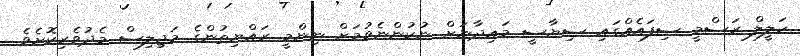
ހަލީލް ރަސްމީ ސިފައެއްގައި ސިޔާސީ މައިދާނަށް ނުކުންނެވުމަށް ނިންމީ ރައްޔިތުންގެ މަޖިލިސް މެދުވެރިކޮށެވެ.